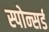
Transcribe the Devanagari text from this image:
स्पोन्सर्ड